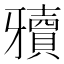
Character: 𰠥